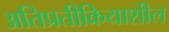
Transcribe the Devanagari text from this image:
अतिप्रतीक्रियाशील